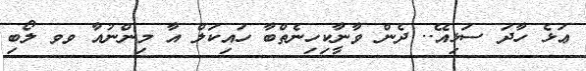
ޢަޅެ ހާދަ ސަޅިއޭ.. ދެން ވާނީާކިހިނެތްބާާ ހައިކަލް އާ މިންނުއާ ވވ ލޯބި